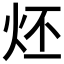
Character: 𤇨